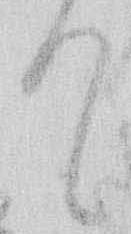
て